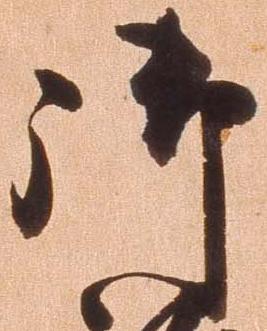
御